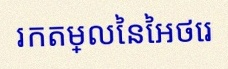
រកតម្លៃនៃអថេរ